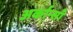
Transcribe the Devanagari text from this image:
अर्कान्साँ